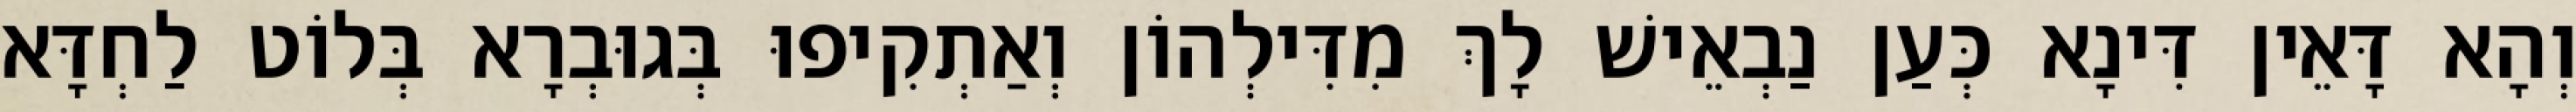
וְהָא דָּאֵין דִּינָא כְּעַן נַבְאֵישׁ לָךְ מִדִּילְהוֹן וְאַתְקִיפוּ בְּגוּבְרָא בְּלוֹט לַחְדָּא